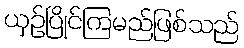
ယှဉ်ပြိုင်ကြမည်ဖြစ်သည်